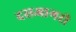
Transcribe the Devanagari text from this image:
दसआगरी